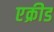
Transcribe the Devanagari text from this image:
एक्रीड